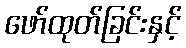
ဖော်ထုတ်ခြင်းနှင့်